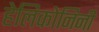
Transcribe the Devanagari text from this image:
हेलिकोनिनी